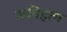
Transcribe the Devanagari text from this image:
कपिहत्थ